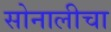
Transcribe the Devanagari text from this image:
सोनालीचा